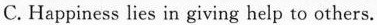
C. Happiness lies in giving help to others.